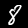
Label: 8